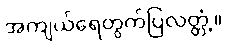
အကျယ်ရေတွက်ပြလတ္တံ့။